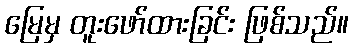
မြေမှ တူးဖော်ထားခြင်း ဖြစ်သည်။